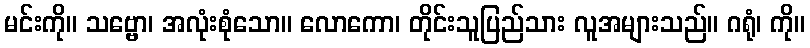
မင်းကို။ သဗ္ဗော၊ အလုံးစုံသော။ လောကော၊ တိုင်းသူပြည်သား လူအများသည်။ ဂရုံ၊ ကို။